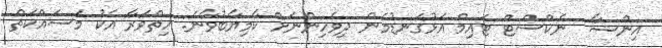
އިންޝާ  ނެކްސްޓް ޓައިމް އަޅުގަނޑުމެން ދިވެހިންނަށް ކާމިޔާބުވާނެ. ހިތްވަރާ އެކު މަސައްކަތް